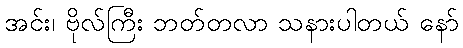
အင်း၊ ဗိုလ်ကြီး ဘတ်တလာ သနားပါတယ် နော်